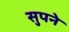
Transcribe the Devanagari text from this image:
सुपने